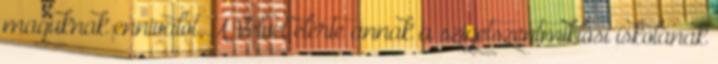
maguknak ennivalót. A Velvet elérte annak a szigetszentmiklósi iskolának